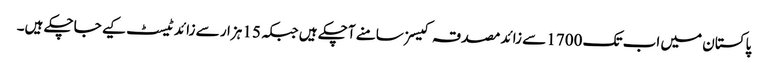
پاکستان میں اب تک 1700 سے زائد مصدقہ کیسز سامنے آچکے ہیں جبکہ 15 ہزار سے زائد ٹیسٹ کیے جاچکے ہیں۔